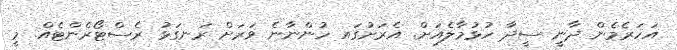
އަހަރެމެން ދާނީ ސީދާ ހުޅުމާލެއަށް. އެރަށުގައ ހުންނާނެ ވަރަށް ރަނގަޅު ރެސްޓޯރެންޓެއް. މީ